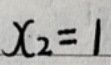
$x_2 = 1$